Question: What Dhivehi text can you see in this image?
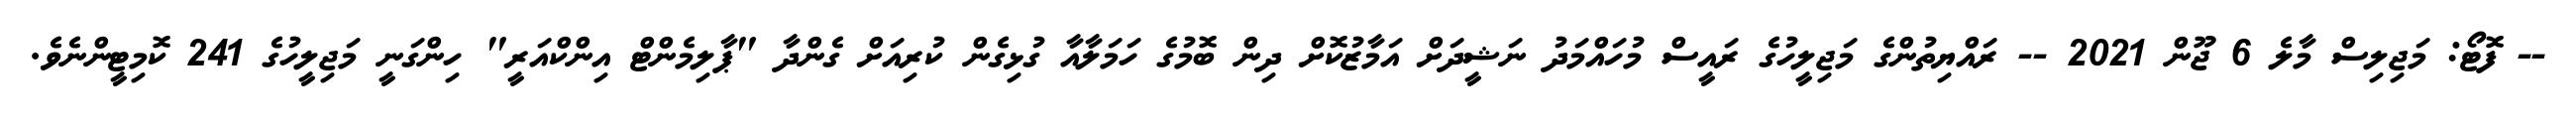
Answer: -- ފޮޓޯ: މަޖިލިސް މާލެ 6 ޖޫން 2021 -- ރައްޔިތުންގެ މަޖިލީހުގެ ރައީސް މުހައްމަދު ނަޝީދަށް އަމާޒުކޮށް ދިން ބޮމުގެ ހަމަލާއާ ގުޅިގެން ކުރިއަށް ގެންދާ "ޕާލިމެންޓް އިންކްއަރީ" ހިންގަނީ މަޖިލީހުގެ 241 ކޮމިޓީންނެވެ.